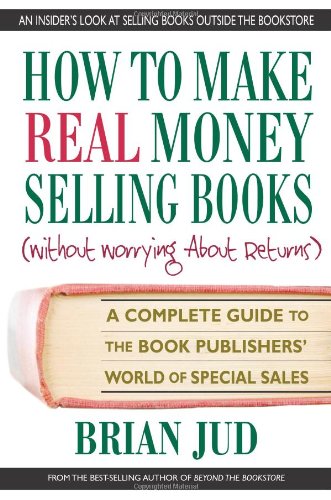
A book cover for How to Make Real Money Selling Books: A Complete Guide to the Book Publishers' World of Special Sales; Brian Jud; Business & Money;